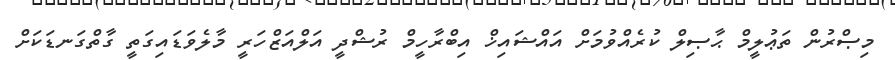
މިޞްރުން ތަޢުލީމް ޙާޞިލް ކުރެއްވުމަށް އައްޝައިޚް އިބްރާހީމް ރުޝްދީ އަލްއަޒްހަރީ މާލެވަޑައިގަތީ ގާތްގަނޑަކަށް